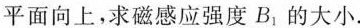
平面向上，求磁感应强度B_{1}的大小。